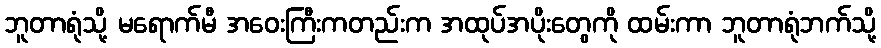
ဘူတာရုံသို့ မရောက်မီ အဝေးကြီးကတည်းက အထုပ်အပိုးတွေကို ထမ်းကာ ဘူတာရုံဘက်သို့